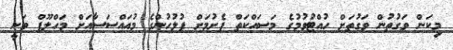
މިކަން ވަގުތުން ވަގުތަށް ހުއްޓުވުމުގެ މަސައްކަތް ފެށުމަށް ފުލުހުންގެ މުއައްސަސާއަށް މަހްލޫފް ވަނީ